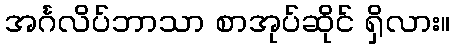
အင်္ဂလိပ်ဘာသာ စာအုပ်ဆိုင် ရှိလား။